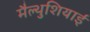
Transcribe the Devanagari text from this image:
मैल्थुशियाई